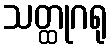
သတ္ထုဂရု